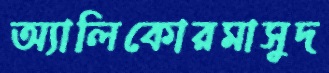
অ্যালিকোরমাসুদ